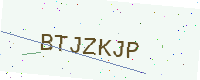
Text: BTJZKJP